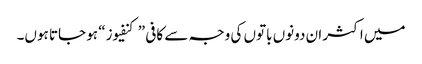
میں اکثر ان دونوں باتوں کی وجہ سے کافی ”کنفیوز“ ہو جاتا ہوں۔